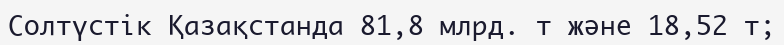
Солтүстік Қазақстанда 81,8 млрд. т және 18,52 т;